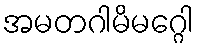
အမတဂါမိမဂ္ဂေါ